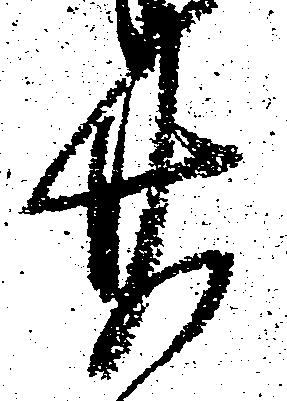
廿